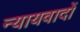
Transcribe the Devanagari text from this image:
न्यायवादों